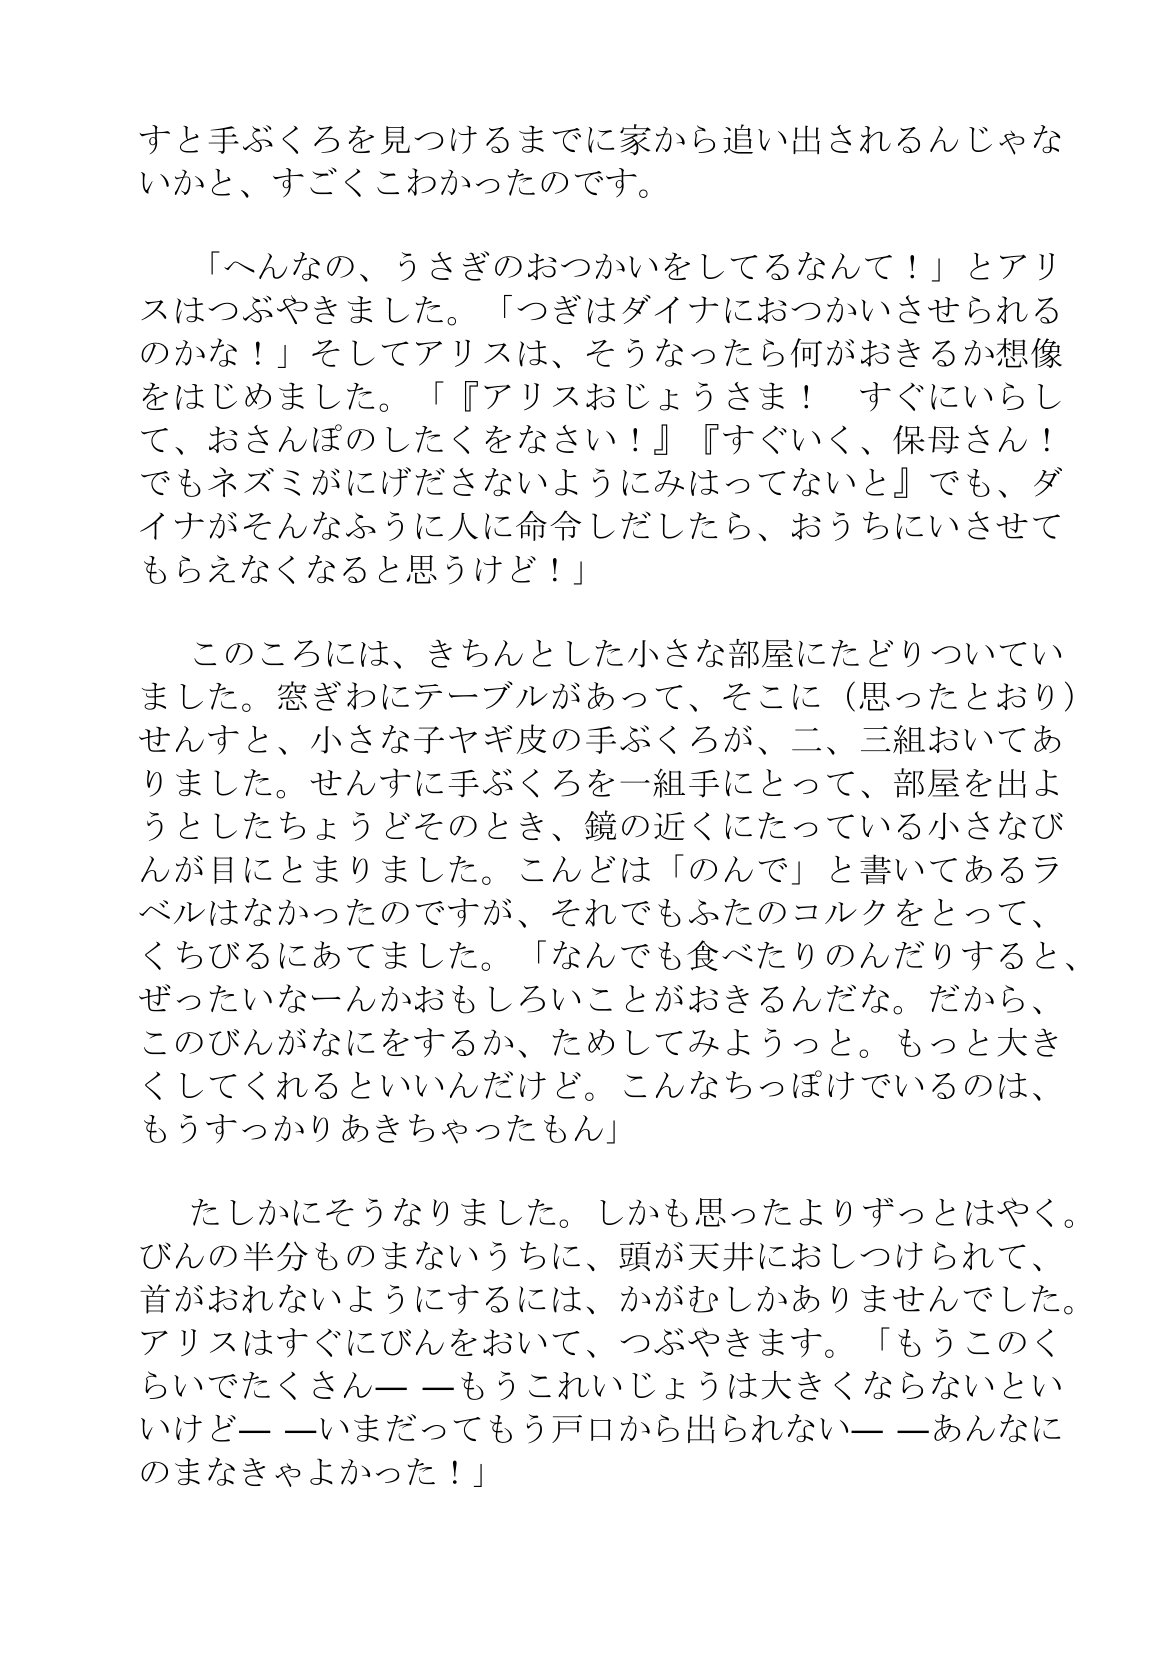
Language: ja